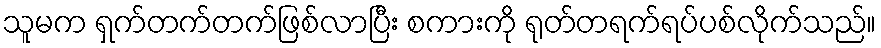
သူမက ရှက်တက်တက်ဖြစ်လာပြီး စကားကို ရုတ်တရက်ရပ်ပစ်လိုက်သည်။